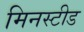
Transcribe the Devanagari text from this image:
मिनस्टीड